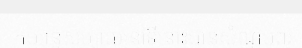
កម្សាន្តសប្បាយនៅទីនោះបានសំណូមពរ